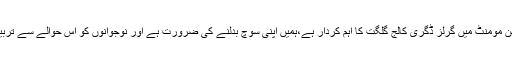
انہوں نے کہا کہ اینٹی کرپشن مومنٹ میں گرلز ڈگری کالج گلگت کا اہم کردار ہے،ہمیں اپنی سوچ بدلنے کی ضرورت ہے اور نوجوانوں کو اس حوالے سے تربیت دینے کی ضرورت ہے ۔